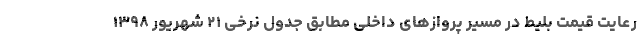
رعایت قیمت بلیط در مسیر پروازهای داخلی مطابق جدول نرخی ۲۱ شهریور ۱۳۹۸